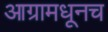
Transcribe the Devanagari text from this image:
आग्रामधूनच